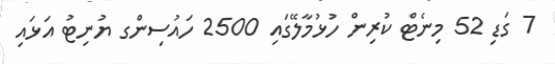
7 ގަޑި 52 މިނެޓް ކުރިން ހުޅުމާލޭގައި 2500 ހައުސިންގ ޔުނިޓު އަޅައި